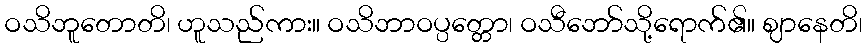
ဝသိဘူတောတိ၊ ဟူသည်ကား။ ဝသိဘာဝပ္ပတ္တော၊ ဝသီဘော်သို့ရောက်၏။ ဈာနေတိ၊